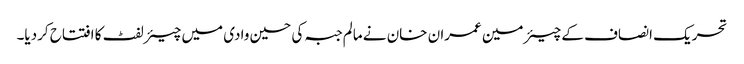
تحریک انصاف کے چیئرمین عمران خان نے مالم جبہ کی حسین وادی میں چیئرلفٹ کا افتتاح کردیا۔